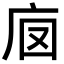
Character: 𢇵